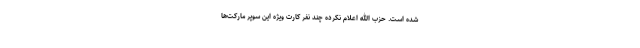
شده است. حزب الله اعلام نکرده چند نفر کارت ویژه این سوپر مارکت‌ها